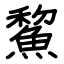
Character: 鯬